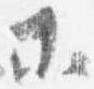
等